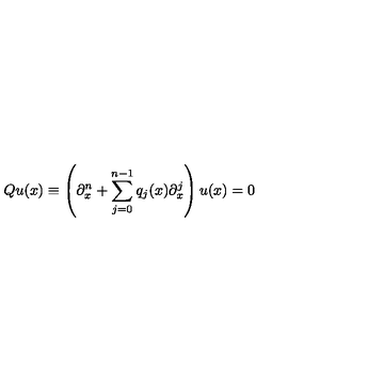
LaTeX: Q u ( x ) \equiv \left( \partial _ { x } ^ { n } + \sum _ { j = 0 } ^ { n - 1 } q _ { j } ( x ) \partial _ { x } ^ { j } \right) u ( x ) = 0